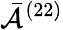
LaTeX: \bar{\mathcal{A}}^{(22)}